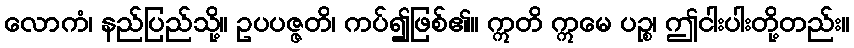
လောကံ၊ နည်ပြည်သို့။ ဥပပဇ္ဇတိ၊ ကပ်၍ဖြစ်၏။ ဣတိ ဣမေ ပဉ္စ၊ ဤငါးပါးတို့တည်း။